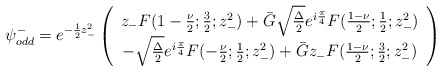
\begin{align*}{\psi}_{odd}^{-} = e^{-\frac{1}{2} z_{-}^2}\left( \begin{array}{c}z_{-} F(1-\frac{\nu}{2};\frac{3}{2};z_{-}^2) + \bar{G} \sqrt{\frac{\Delta}{2}} e^{i\frac{\pi}{4}} F(\frac{1-\nu}{2};\frac{1}{2};z_{-}^2) \\- \sqrt{\frac{\Delta}{2}} e^{i\frac{\pi}{4}} F(-\frac{\nu}{2};\frac{1}{2};z_{-}^2) + \bar{G} z_{-} F(\frac{1-\nu}{2};\frac{3}{2};z_{-}^2)\end{array} \right)\end{align*}